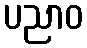
ပညာဝ